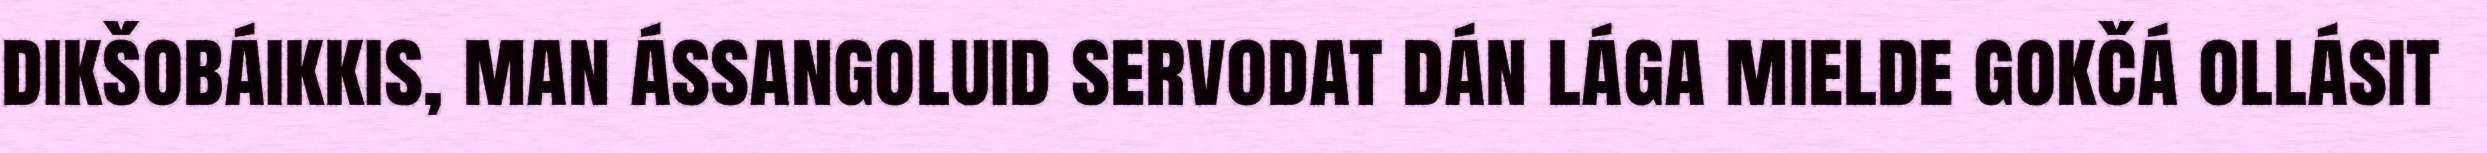
dikšobáikkis, man ássangoluid servodat dán lága mielde gokčá ollásit